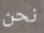
نحن